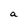
Character: a